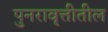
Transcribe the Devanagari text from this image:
पुनरावृत्तीतील